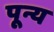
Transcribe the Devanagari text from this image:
पून्य